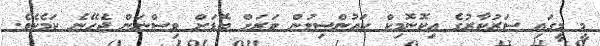
މީ މީގައި ސަރުކާރުގެ އިކޮނޮމިކް ކައުންސިލުން ވަރަށް ބޮޑަށް ވިސްނަން ޖެހޭނެ ކަމެކެވެ.